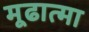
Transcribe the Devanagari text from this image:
मूढात्मा